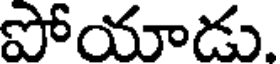
పోయాడు.